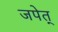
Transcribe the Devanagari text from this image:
जपेत्